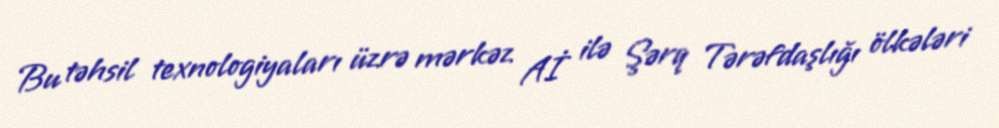
Bu təhsil texnologiyaları üzrə mərkəz Aİ ilə Şərq Tərəfdaşlığı ölkələri